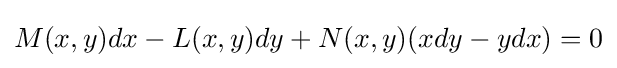
M(x,y)dx-L(x,y)dy+N(x,y)(xdy-ydx)=0